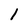
Character: 1